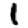
Digit: 1